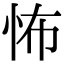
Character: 怖